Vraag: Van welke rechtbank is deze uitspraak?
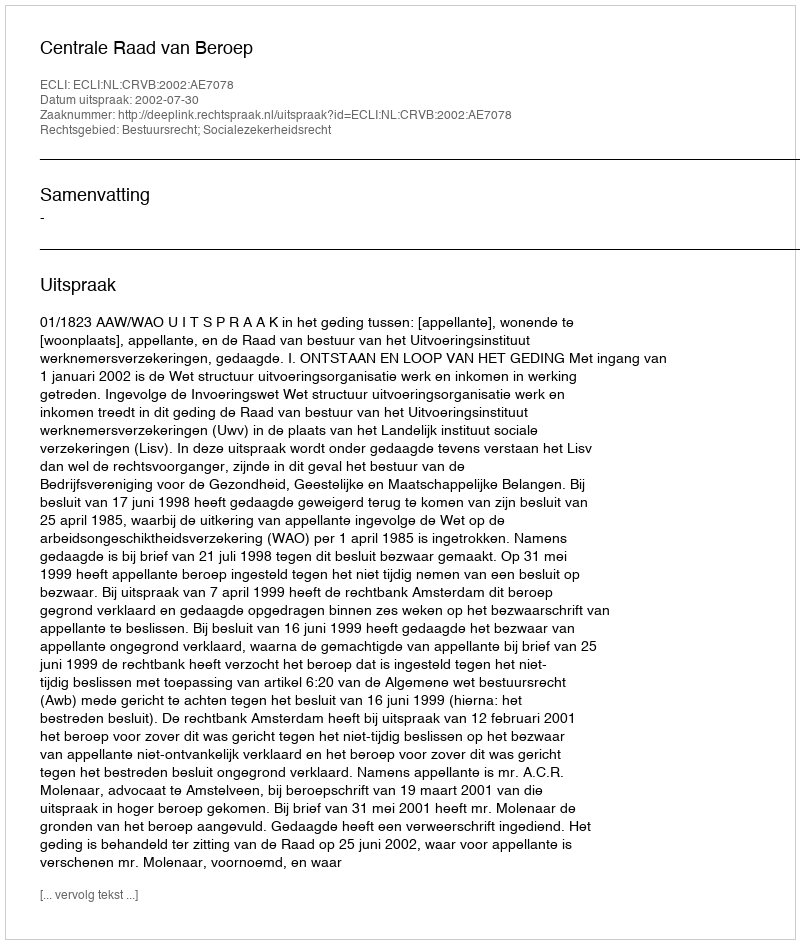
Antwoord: Centrale Raad van Beroep